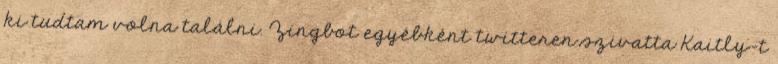
ki tudtam volna találni. Zingbot egyébként twitteren szivatta Kaitly-t